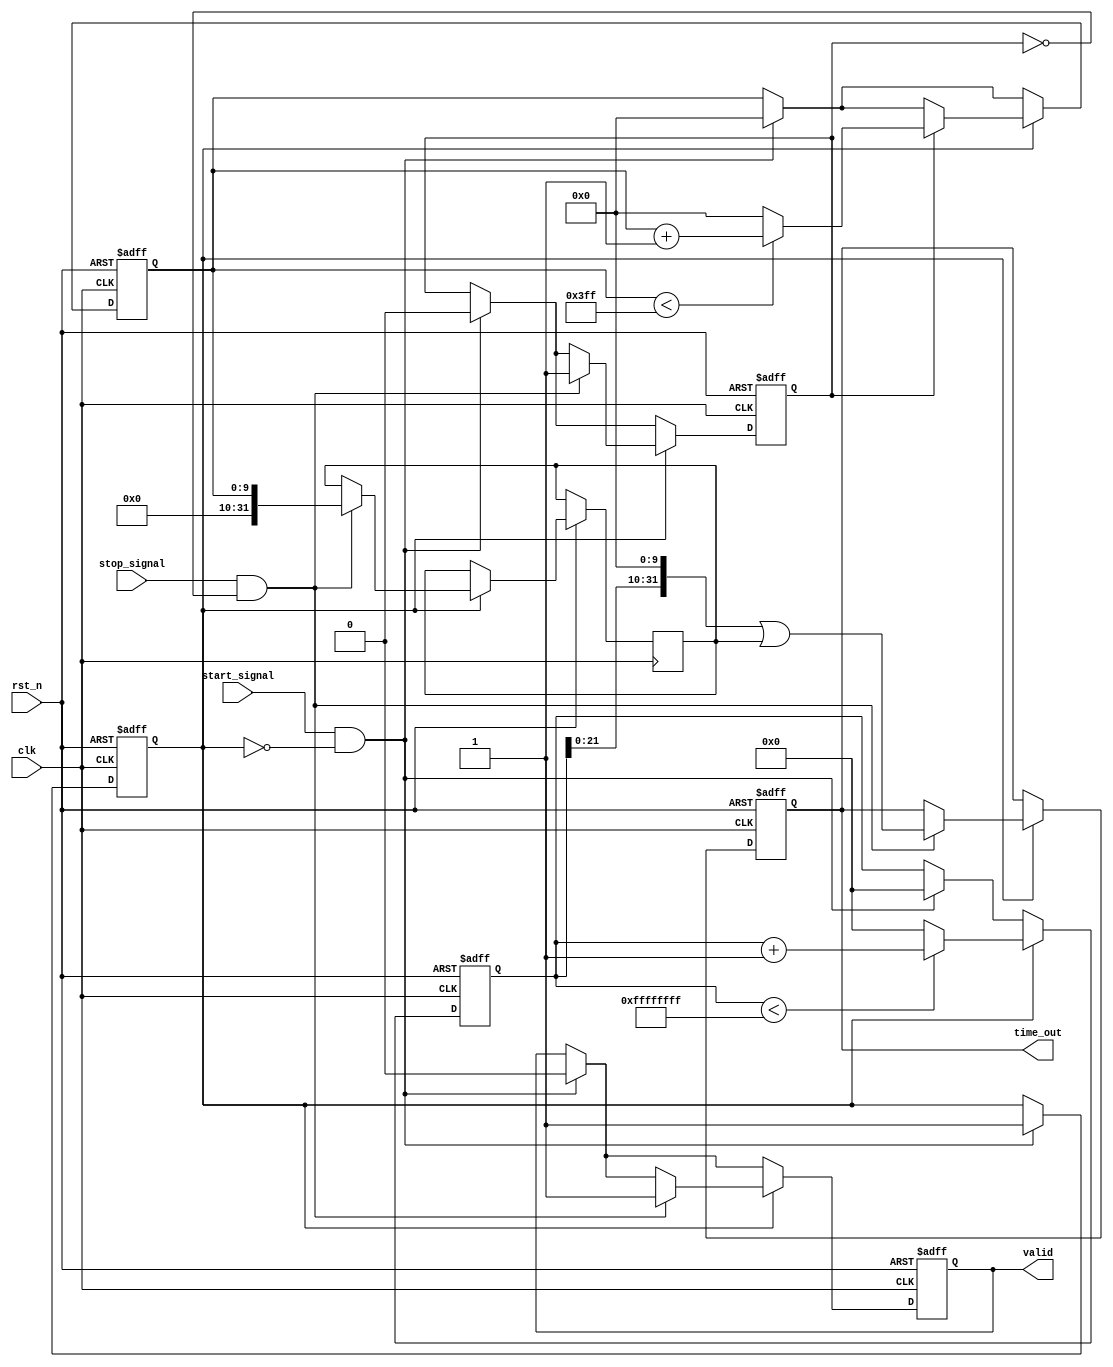
module TDC (
    input wire clk,             // Main clock input
    input wire rst_n,           // Active low reset
    input wire start_signal,    // Start timing signal
    input wire stop_signal,     // Stop timing signal
    output reg [31:0] time_out, // Output time interval
    output reg valid            // Output valid signal
);

// Parameters
parameter COARSE_MAX = 32'hFFFFFFFF; // Max value for coarse counter
parameter FINE_RESOLUTION = 10; // Number of fine clock cycles for interpolation

// Internal signals
reg [31:0] coarse_counter;     // Coarse counter
reg [FINE_RESOLUTION-1:0] fine_counter; // Fine counter
reg [31:0] fine_time;          // Fine time measurement
reg measuring;                 // Measuring state
reg fine_done;                 // Fine measurement completion flag

// State Machine Control
always @(posedge clk or negedge rst_n) begin
    if (!rst_n) begin
        coarse_counter <= 0;
        fine_counter <= 0;
        time_out <= 0;
        valid <= 0;
        measuring <= 0;
        fine_done <= 0;
    end else begin
        if (start_signal && !measuring) begin
            // Start measuring
            measuring <= 1;
            coarse_counter <= 0;
            fine_counter <= 0;
            valid <= 0;
            fine_done <= 0;
        end

        if (measuring) begin
            if (coarse_counter < COARSE_MAX) begin
                coarse_counter <= coarse_counter + 1;
            end else begin
                coarse_counter <= 0; // Wrap around
            end

            // Fine measurement logic (triggered on stop signal)
            if (stop_signal && !fine_done) begin
                fine_done <= 1;
                fine_time <= fine_counter; // Capture fine measurement
                time_out <= coarse_counter << FINE_RESOLUTION | fine_time; // Combine coarse and fine
                valid <= 1; // Signal that output is valid
            end
            
            // Continue counting fine clock cycles
            if (fine_done) begin
                if (fine_counter < (1 << FINE_RESOLUTION) - 1) begin
                    fine_counter <= fine_counter + 1;
                end else begin
                    fine_counter <= 0; // Reset fine counter
                end
            end
        end
    end
end

endmodule